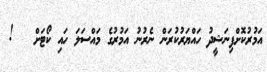
އަމުރުކޮށްފިނަޝީދު ހައްޔަރުކުރަން ނެރުނު އަމުރުގެ މައްސަލަ ހައި ކޯޓަށް   !